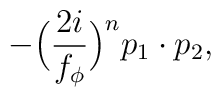
-\Big(\frac{2i}{f_\phi}\Big)^n p_1\cdot p_2,